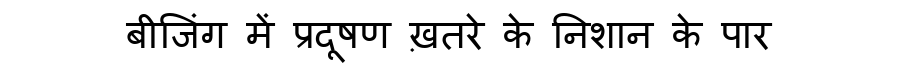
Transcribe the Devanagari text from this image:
बीजिंग में प्रदूषण ख़तरे के निशान के पार